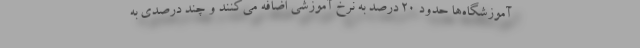
آموزشگاه‌ها حدود ۲۰ درصد به نرخ آموزشی اضافه می‌کنند و چند درصدی به